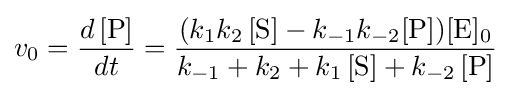
v_{0}={\frac {d\,[{\rm {P}}]}{dt}}={\frac {(k_{1}k_{2}\,[{\rm {S}}]-k_{-1}k_{-2}[{\rm {P}}])[{\rm {E}}]_{0}}{k_{-1}+k_{2}+k_{1}\,[{\rm {S}}]+k_{-2}\,[{\rm {P}}]}}